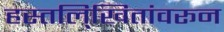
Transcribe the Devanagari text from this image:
हस्तलि्खितांवरून